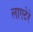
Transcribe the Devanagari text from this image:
लाएटेरे